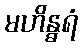
မဟိန္ဓရံ